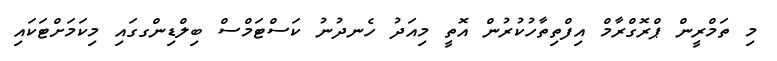
މި ތަމްރީން ޕްރޮގްރާމް އިފްތިތާހުކުރުން އޮތީ މިއަދު ހެނދުނު ކަސްޓަމްސް ބިލްޑިންގގައި މިކަމަށްޓަކައި